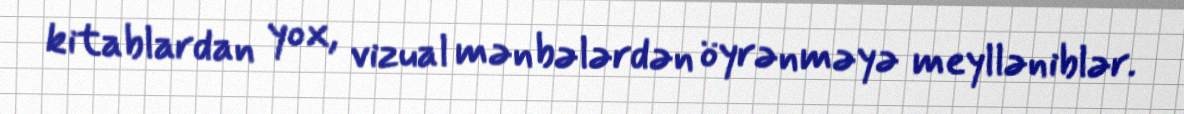
kitablardan yox, vizual mənbələrdən öyrənməyə meylləniblər.